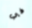
في